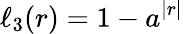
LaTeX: \ell_{3}(r)=1-a^{|r|}